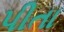
પીતા